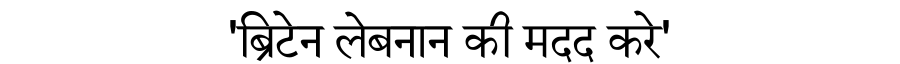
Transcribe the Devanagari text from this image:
'ब्रिटेन लेबनान की मदद करे'